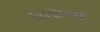
ધારાના